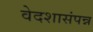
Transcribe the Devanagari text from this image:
वेदशासंपन्न